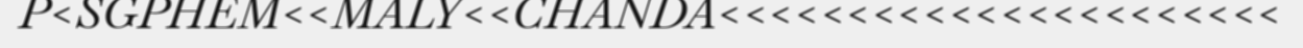
P<SGPHEM<<MALY<<CHANDA<<<<<<<<<<<<<<<<<<<<<<